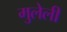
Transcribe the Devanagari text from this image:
मुलेली